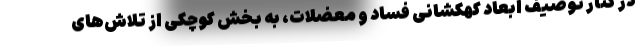
در کنار توصیف ابعاد کهکشانی فساد و معضلات، به بخش کوچکی از تلاش‌های